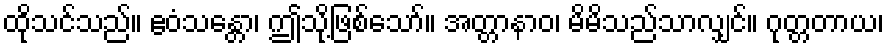
ထိုသင်သည်။ ဧဝံသန္တော၊ ဤသို့ဖြစ်သော်။ အတ္တာနာဝ၊ မိမိသည်သာလျှင်။ ဂုတ္တတာယ၊